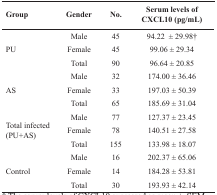
| Group | Gender | No. | Serum levels of CXCL10 (pg/mL) |
 | --- | --- | --- | --- |
 | <ROWSPAN=3> PU | Male | 45 | 94.22 ± 29.98† |
 | Female | 45 | 99.06 ± 29.34 |
 | Total | 90 | 96.64 ± 20.85 |
 | <ROWSPAN=3> AS | Male | 32 | 174.00 ± 36.46 |
 | Female | 33 | 197.03 ± 50.39 |
 | Total | 65 | 185.69 ± 31.04 |
 | <ROWSPAN=3> Total infected (PU + AS) | Male | 77 | 127.37 ± 23.45 |
 | Female | 78 | 140.51 ± 27.58 |
 | Total | 155 | 133.98 ± 18.07 |
 | <ROWSPAN=3> Control | Male | 16 | 202.37 ± 65.06 |
 | Female | 14 | 184.28 ± 53.81 |
 | Total | 30 | 193.93 ± 42.14 |